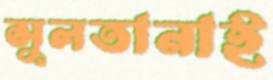
সুলতানাই